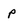
Character: p